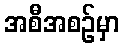
အစီအစဉ်မှာ